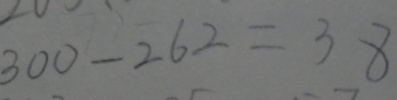
3 3 0 - 2 6 2 = 3 8